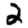
Digit: 2